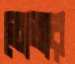
তোতার